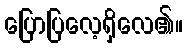
ပြောပြလေ့ရှိလေ၏။